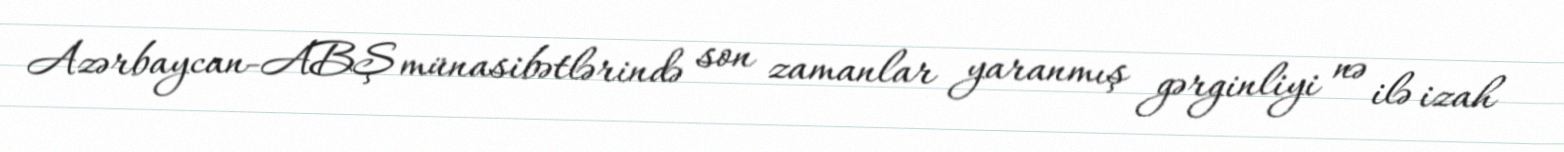
Azərbaycan-ABŞ münasibətlərində son zamanlar yaranmış gərginliyi nə ilə izah